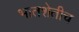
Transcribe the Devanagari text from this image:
भातशेतीच